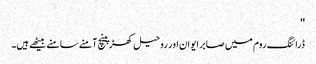
''
ڈرائنگ روم میں صابر ایوان اور روحیل کھڑپینچ آمنے سامنے بیٹھے ہیں۔